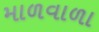
માળવાળા